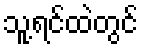
သူ့ရင်ထဲတွင်